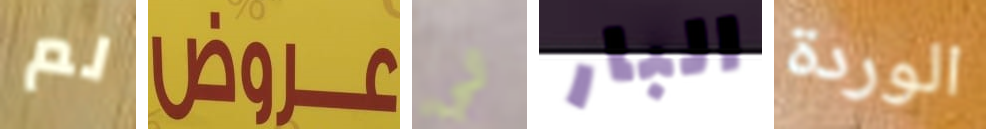
لم عروض لي البار الوردة